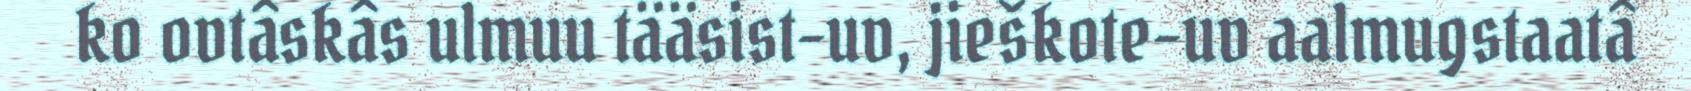
ko ovtâskâs ulmuu tääsist-uv, jieškote-uv aalmugstaatâ